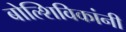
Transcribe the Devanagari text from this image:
बोल्शिविकांनी